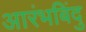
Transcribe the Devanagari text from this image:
आरंभबिंदु